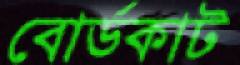
বোর্ডকাট